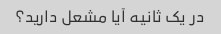
در یک ثانیه آیا مشعل دارید؟